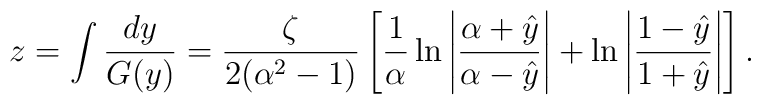
z = \int \frac{dy}{G(y)} = \frac{\zeta}{2(\alpha^2-1)} \left[  \frac{1}{\alpha} \ln \left| \frac{\alpha + \hat{y}}{\alpha -    \hat{y}} \right| + \ln \left| \frac{1-\hat{y}}{1+\hat{y}}\right|\right].